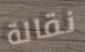
نقالة